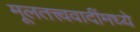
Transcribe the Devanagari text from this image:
मूलतत्त्ववादींमध्ये